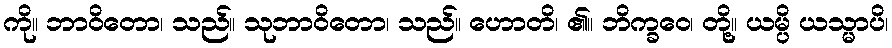
ကို။ ဘာဝိတော၊ သည်။ သုဘာဝိတော၊ သည်။ ဟောတိ၊ ၏။ ဘိက္ခဝေ၊ တို့။ ယမ္ပိ ယသ္မာပိ၊